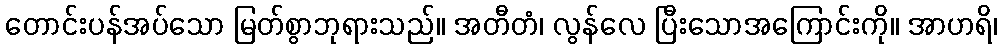
တောင်းပန်အပ်သော မြတ်စွာဘုရားသည်။ အတီတံ၊ လွန်လေ ပြီးသောအကြောင်းကို။ အာဟရိ၊